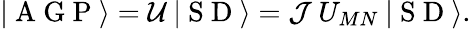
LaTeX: |\mathrm{~A~G~P~}\rangle=\mathcal{U}\: |\mathrm{~S~D~}\rangle=\mathcal{J}\: U_{MN}\: |\mathrm{~S~D~}\rangle.